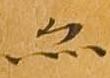
亦